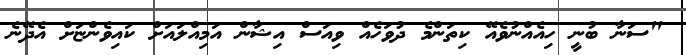
"ސަނާ ބުނީ ހިއެއްނުވެއޭ ކިތަންމެ ދުވަހެއް ވިއަސް އިޝާން އަމިއްލައަށް ކައިވެންޏަށް އެދޭނެ